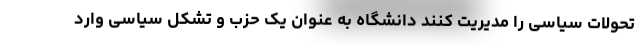
تحولات سیاسی را مدیریت کنند دانشگاه به عنوان یک حزب و تشکل سیاسی وارد